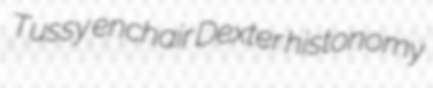
Tussy enchair Dexter histonomy